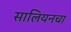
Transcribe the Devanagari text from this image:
सालियनचा